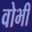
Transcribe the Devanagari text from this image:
वोभी